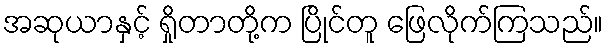
အဆုယာနှင့် ရှိုတာတို့က ပြိုင်တူ ဖြေလိုက်ကြသည်။